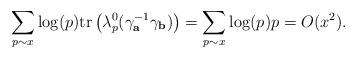
LaTeX: \begin{align*}\sum_{\substack{ p\sim x \\ }} \log(p) \mathrm{tr}\left(\lambda_p^0( \gamma_{\textbf{a}}^{-1} \gamma_{\textbf{b}} )\right) = \sum_{\substack{ p\sim x \\ }} \log(p) p = O(x^2).\end{align*}